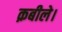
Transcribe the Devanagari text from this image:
क़बीले।